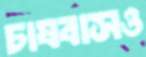
চাষবাসও